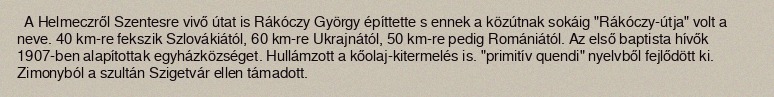
A Helmeczről Szentesre vivő útat is Rákóczy György építtette s ennek a közútnak sokáig "Rákóczy-útja" volt a neve. 40 km-re fekszik Szlovákiától, 60 km-re Ukrajnától, 50 km-re pedig Romániától. Az első baptista hívők 1907-ben alapítottak egyházközséget. Hullámzott a kőolaj-kitermelés is. "primitív quendi" nyelvből fejlődött ki. Zimonyból a szultán Szigetvár ellen támadott.